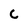
Character: c